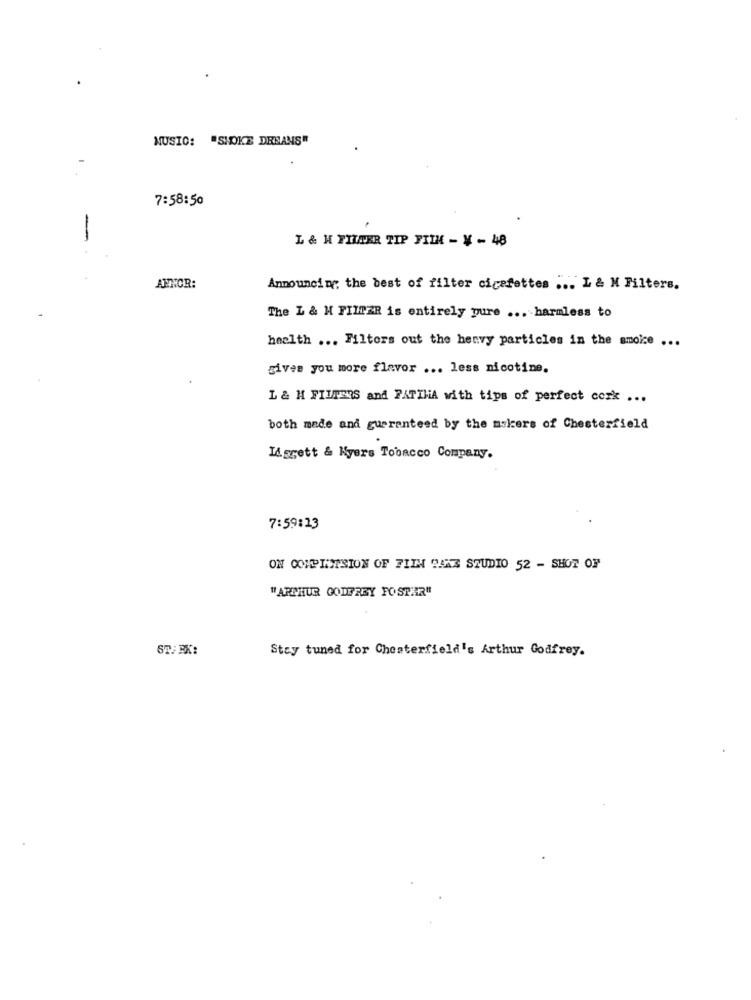
MUSIC: "SMOKE DESANS"
7:58:50
-
L & H FILAER TIP FILM - ¥ - 48
ANNOR:
Announcing the best of filter cigarettes ... L & M Filters.
The L & H FILTER is entirely pure ... harmless to
health ... Filters out the henvy particles in the smoice ...
gives you more flavor ... less nicotine.
L & H FILTERS and PATINA with tips of perfect cork ...
both made and guaranteed by the mskers of Chesterfield
L&ggett & Nyers Tobacco Company.
7:59:13
ON COUPLESION OF FILM GAN3 STUDIO 52 - SHOT OF
" ARTHUR GODFREY FOSTAR"
STARK:
Stay tuned for Chesterfield's Arthur Godfrey.